Indian journal of veterinary science and animal husbandry - Volume 14,
Year: 1944
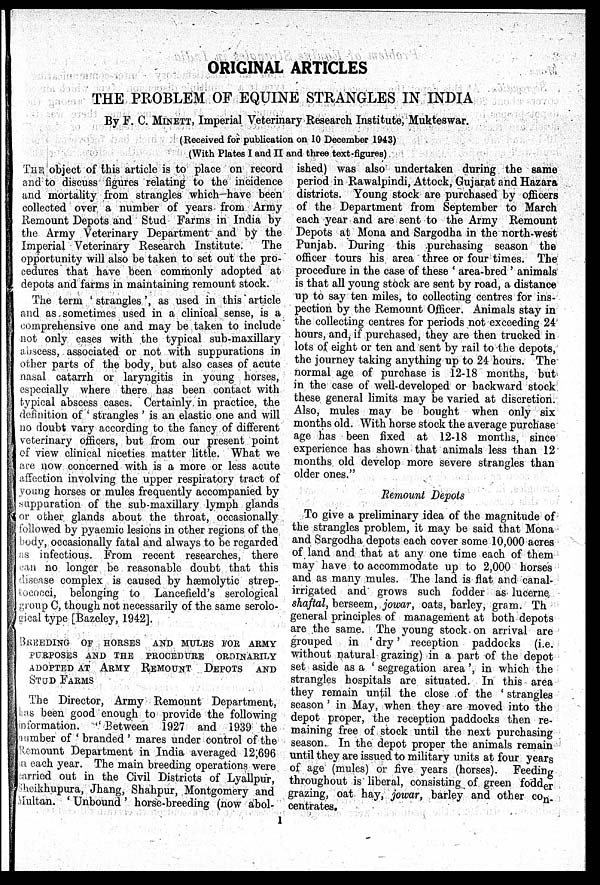
ORIGINAL ARTICLES
THE PROBLEM OF EQUINE STRANGLES IN INDIA
By F. C. MINETT, Imperial Veterinary Research Institute, Mukteswar.
(Received for publication on 10 December 1943)
(With Plates I and II and three text-figures)
THE object of this article is to place on record
and to discuss figures relating to the incidence
and mortality from strangles which have been
collected over a number of years from Army
Remount Depots and Stud Farms in India by
the Army Veterinary Department and by the
Imperial Veterinary Research Institute. The
opportunity will also be taken to set out the pro-
cedures that have been commonly adopted at
depots and farms in maintaining remount stock.
The term 'strangles', as used in this article
and as sometimes used in a clinical sense, is a
comprehensive one and may be taken to include
not only cases with the typical sub-maxillary
abscess, associated or not with suppurations in
other parts of the body, but also cases of acute
nasal catarrh or laryngitis in young horses,
especially where there has been contact with
typical abscess cases. Certainly in practice, the
definition of 'strangles' is an elastic one and will
no doubt vary according to the fancy of different
veterinary officers, but from our present point
of view clinical niceties matter little. What we
are now concerned with is a more or less acute
affection involving the upper respiratory tract of
young horses or mules frequently accompanied by
suppuration of the sub-maxillary lymph glands
or other glands about the throat, occasionally
followed by pyaemic lesions in other regions of the
body, occasionally fatal and always to be regarded
as infectious. From recent researches, there
can no longer be reasonable doubt that this
disease complex is caused by hæmolytic strep-
tococci, belonging to Lancefield's serological
group C, though not necessarily of the same serolo-
gical type [Bazeley, 1942].
BREEDING OF HORSES AND MULES FOR ARMY
PURPOSES AND THE PROCEDURE ORDINARILY
ADOPTED AT ARMY REMOUNT DEPOTS AND
STUD FARMS
The Director, Army Remount Department,
has been good enough to provide the following
information. " Between 1927 and 1939 the
number of 'branded' mares under control of the
Remount Department in India averaged 12;698
a each year. The main breeding operations were
carried out in the Civil Districts of Lyallpur,
Sheikhupura, Jhang, Shahpur, Montgomery and
Multan. 'Unbound ' horse-breeding (now abol-
ished) was also undertaken during the same
period in Rawalpindi, Attock, Gujarat and Hazara
districts. Young stock are purchased by officers
of the Department from September to March
each year and are sent to the Army Remount
Depots at Mona and Sargodha in the north-west
Punjab. During this purchasing season the
officer tours his area three or four times. The
procedure in the case of these 'area-bred' animals
is that all young stock are sent by road, a distance
up to say ten miles, to collecting centres for ins-
pection by the Remount Officer. Animals stay in
the collecting centres for periods not exceeding 24
hours, and, if purchased, they are then trucked in
lots of eight or ten and sent by rail to the depots,
the journey taking anything up to 24 hours. The
normal age of purchase is 12-18 months, but
in the case of well-developed or backward stock
these general limits may be varied at discretion.
Also, mules may be bought when only six
months old. With horse stock the average purchase
age has been fixed at 12-18 months, since
experience has shown that animals less than 12
months old develop more severe strangles than
older ones."
Remount Depots
To give a preliminary idea of the magnitude of
the strangles problem, it may be said that Mona
and Sargodha depots each cover some 10,000 acres
of land and that at any one time each of them
may have to accommodate up to 2,000 horses
and as many mules. The land is flat and canal-
irrigated and grows such fodder as lucerne
shaftal, berseem, jowar, oats, barley, gram. Th
general principles of management at both depots
are the same. The young stock on arrival are
grouped in 'dry' reception paddocks (i.e.
without natural grazing) in a part of the depot
set aside as a 'segregation area', in which the
strangles hospitals are situated. In this area
they remain until the close of the 'strangles
season' in May, when they are moved into the
depot proper, the reception paddocks then re-
maining free of stock until the next purchasing
season. In the depot proper the animals remain
until they are issued to military units at four years
of age (mules) or five years (horses). Feeding
throughout is liberal, consisting of green fodder
grazing, oat hay, jowar, barley and other con-
centrates.
1